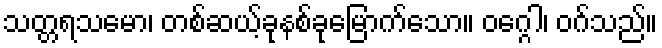
သတ္တရသမော၊ တစ်ဆယ့်ခုနစ်ခုမြောက်သော။ ဝဂ္ဂေါ၊ ဝဂ်သည်။